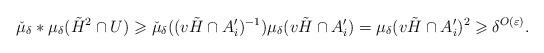
LaTeX: \begin{align*}\check{\mu}_{\delta}*\mu_{\delta}(\tilde H^2\cap U)\geqslant\check{\mu}_{\delta}((v\tilde H\cap A_i')^{-1})\mu_{\delta}(v\tilde H\cap A_i')=\mu_{\delta}(v\tilde H\cap A_i')^2\geqslant\delta^{O(\varepsilon)}.\end{align*}